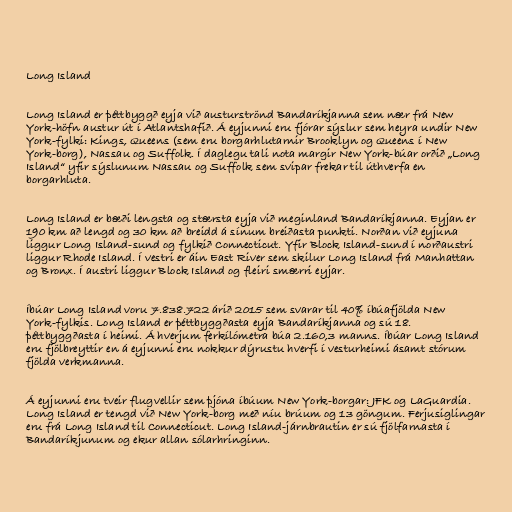
Long Island

Long Island er þéttbyggð eyja við austurströnd Bandaríkjanna sem nær frá New
York-höfn austur út í Atlantshafið. Á eyjunni eru fjórar sýslur sem heyra undir New
York-fylki: Kings, Queens (sem eru borgarhlutarnir Brooklyn og Queens í New
York-borg), Nassau og Suffolk. Í daglegu tali nota margir New York-búar orðið „Long
Island“ yfir sýslunum Nassau og Suffolk sem svipar frekar til úthverfa en
borgarhluta.

Long Island er bæði lengsta og stærsta eyja við meginland Bandaríkjanna. Eyjan er
190 km að lengd og 30 km að breidd á sínum breiðasta punkti. Norðan við eyjuna
liggur Long Island-sund og fylkið Connecticut. Yfir Block Island-sund í norðaustri
liggur Rhode Island. Í vestri er áin East River sem skilur Long Island frá Manhattan
og Bronx. Í austri liggur Block Island og fleiri smærri eyjar.

Íbúar Long Island voru 7.838.722 árið 2015 sem svarar til 40% íbúafjölda New
York-fylkis. Long Island er þéttbyggðasta eyja Bandaríkjanna og sú 18.
þéttbyggðasta í heimi. Á hverjum ferkílómetra búa 2.160,3 manns. Íbúar Long Island
eru fjölbreyttir en á eyjunni eru nokkur dýrustu hverfi í vesturheimi ásamt stórum
fjölda verkmanna.

Á eyjunni eru tveir flugvellir sem þjóna íbúum New York-borgar: JFK og LaGuardia.
Long Island er tengd við New York-borg með níu brúum og 13 göngum. Ferjusiglingar
eru frá Long Island til Connecticut. Long Island-járnbrautin er sú fjölfarnasta í
Bandaríkjunum og ekur allan sólarhringinn.